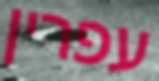
עפרין